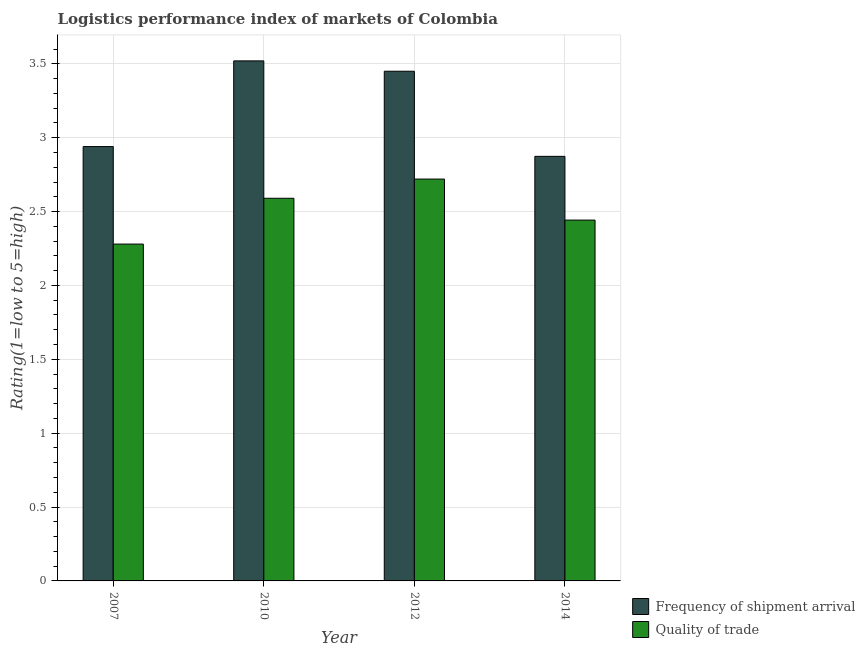
| Year | Frequency of shipment arrival | Quality of trade |
 | --- | --- | --- |
 | 2007 | 2.94 | 2.28 |
 | 2010 | 3.52 | 2.59 |
 | 2012 | 3.45 | 2.72 |
 | 2014 | 2.87 | 2.44 |